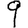
Digit: 9